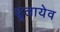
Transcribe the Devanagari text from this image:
यूलायेव